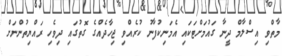
މާތްވި އިސްލާމް ދީނާ ގައުމަށްޓަކައި އެމަނިކުފާނު ކުރެއްވި ޖިހާދެއްގެ ގޮތުގައި ދިވެހި ރައްޔިތުންނަށް